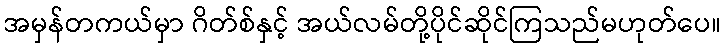
အမှန်တကယ်မှာ ဂိတ်စ်နှင့် အယ်လမ်တို့ပိုင်ဆိုင်ကြသည်မဟုတ်ပေ။